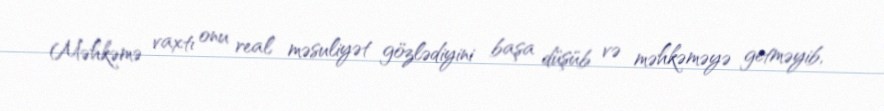
Məhkəmə vaxtı onu real məsuliyət gözlədiyini başa düşüb və məhkəməyə getməyib,